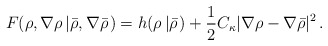
\begin{align*}F(\rho, \nabla\rho\left | \bar \rho, \nabla\bar \rho \right. ) = h(\rho \left | \bar \rho \right. ) + \frac{1}{2}C_\kappa|\nabla \rho - \nabla\bar\rho|^2 \, .\end{align*}